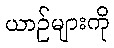
ယာဉ်များကို